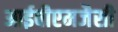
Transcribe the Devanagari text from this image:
आईबीएमजैसी